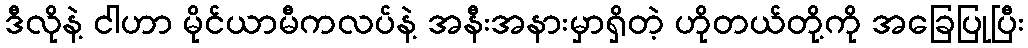
ဒီလိုနဲ့ ငါဟာ မိုင်ယာမီကလပ်နဲ့ အနီးအနားမှာရှိတဲ့ ဟိုတယ်တို့ကို အခြေပြုပြီး